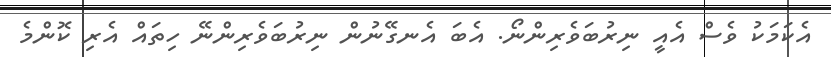
އެކަމަކު ވެސް އެއީ ނިރުބަވެރިންނޯ. އެބަ އެނގޭނުން ނިރުބަވެރިންނޭ ހިތައް އެރި ކޮންމެ